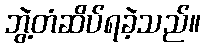
ဘွဲ့တံဆိပ်ရခဲ့သည်။